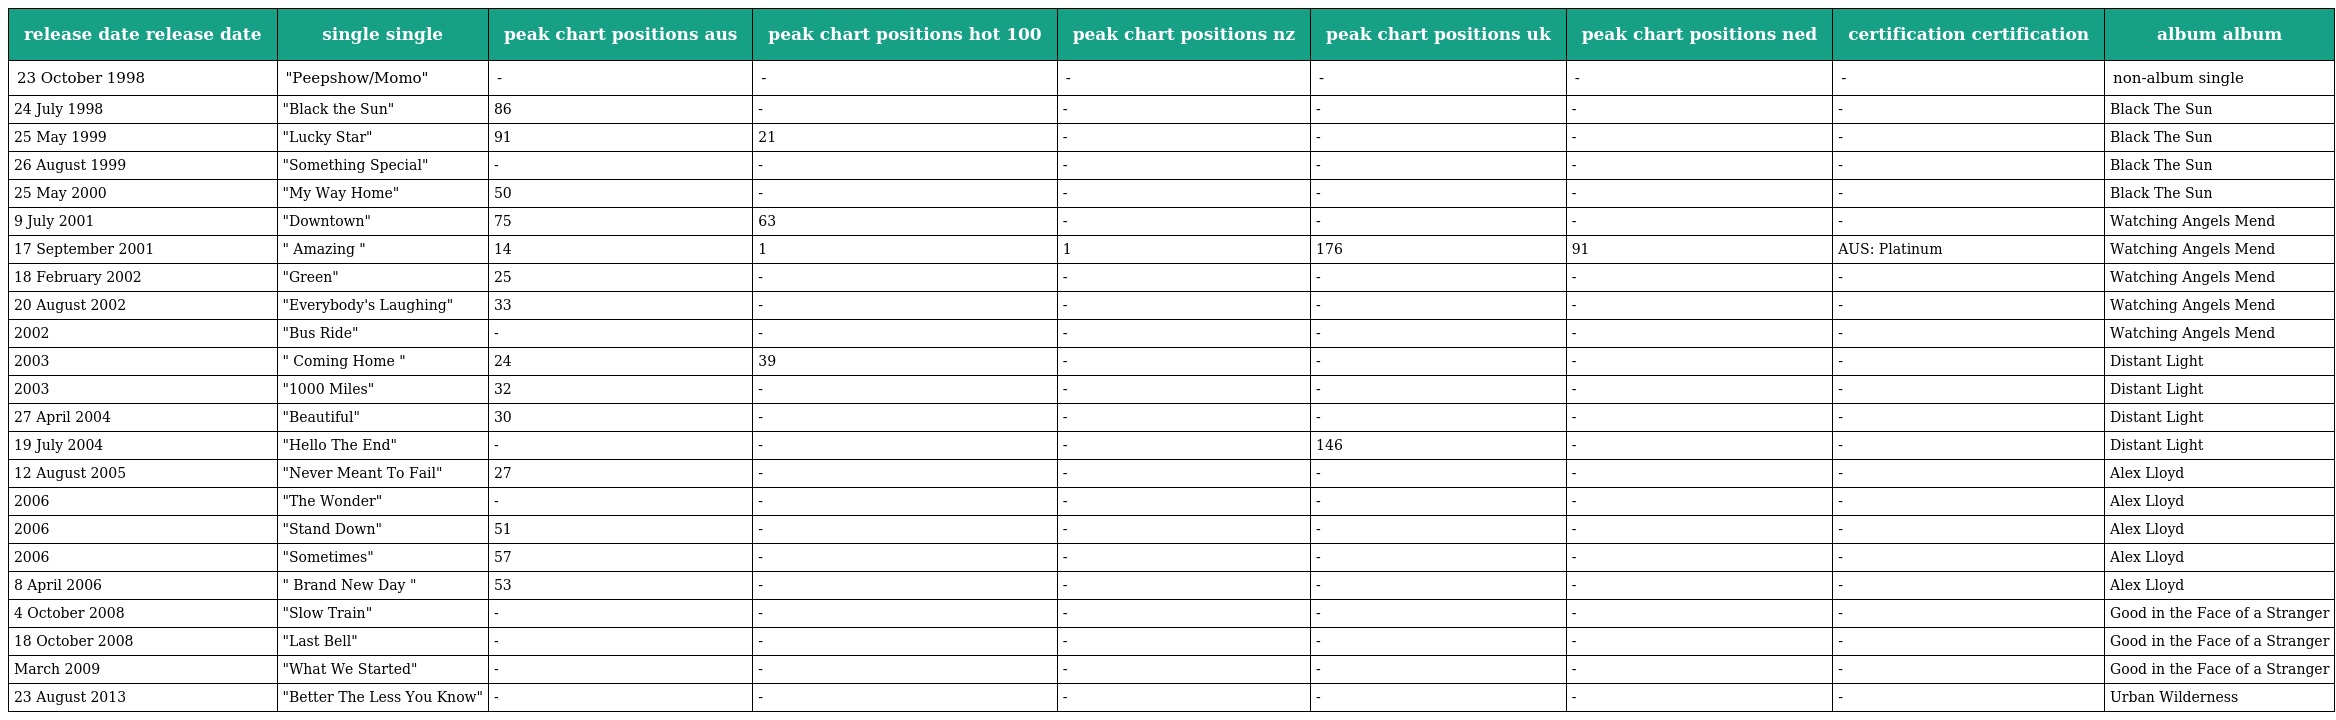
| release date release date | single single | peak chart positions aus | peak chart positions hot 100 | peak chart positions nz | peak chart positions uk | peak chart positions ned | certification certification | album album |
 | --- | --- | --- | --- | --- | --- | --- | --- | --- |
 | 23 October 1998 | "Peepshow/Momo" | - | - | - | - | - | - | non-album single |
 | 24 July 1998 | "Black the Sun" | 86 | - | - | - | - | - | Black The Sun |
 | 25 May 1999 | "Lucky Star" | 91 | 21 | - | - | - | - | Black The Sun |
 | 26 August 1999 | "Something Special" | - | - | - | - | - | - | Black The Sun |
 | 25 May 2000 | "My Way Home" | 50 | - | - | - | - | - | Black The Sun |
 | 9 July 2001 | "Downtown" | 75 | 63 | - | - | - | - | Watching Angels Mend |
 | 17 September 2001 | " Amazing " | 14 | 1 | 1 | 176 | 91 | AUS: Platinum | Watching Angels Mend |
 | 18 February 2002 | "Green" | 25 | - | - | - | - | - | Watching Angels Mend |
 | 20 August 2002 | "Everybody's Laughing" | 33 | - | - | - | - | - | Watching Angels Mend |
 | 2002 | "Bus Ride" | - | - | - | - | - | - | Watching Angels Mend |
 | 2003 | " Coming Home " | 24 | 39 | - | - | - | - | Distant Light |
 | 2003 | "1000 Miles" | 32 | - | - | - | - | - | Distant Light |
 | 27 April 2004 | "Beautiful" | 30 | - | - | - | - | - | Distant Light |
 | 19 July 2004 | "Hello The End" | - | - | - | 146 | - | - | Distant Light |
 | 12 August 2005 | "Never Meant To Fail" | 27 | - | - | - | - | - | Alex Lloyd |
 | 2006 | "The Wonder" | - | - | - | - | - | - | Alex Lloyd |
 | 2006 | "Stand Down" | 51 | - | - | - | - | - | Alex Lloyd |
 | 2006 | "Sometimes" | 57 | - | - | - | - | - | Alex Lloyd |
 | 8 April 2006 | " Brand New Day " | 53 | - | - | - | - | - | Alex Lloyd |
 | 4 October 2008 | "Slow Train" | - | - | - | - | - | - | Good in the Face of a Stranger |
 | 18 October 2008 | "Last Bell" | - | - | - | - | - | - | Good in the Face of a Stranger |
 | March 2009 | "What We Started" | - | - | - | - | - | - | Good in the Face of a Stranger |
 | 23 August 2013 | "Better The Less You Know" | - | - | - | - | - | - | Urban Wilderness |